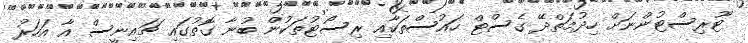
ޓޫރިސްޓުންނަށް ހިދުމަތްދޭ ގެސްޓް ހައުސްތަކާއި ރިސޯޓުތަކުން ބުނާ ގޮތުގައި ޗައިނީސް އާ އަހަރު